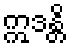
ဣဒန္တိ